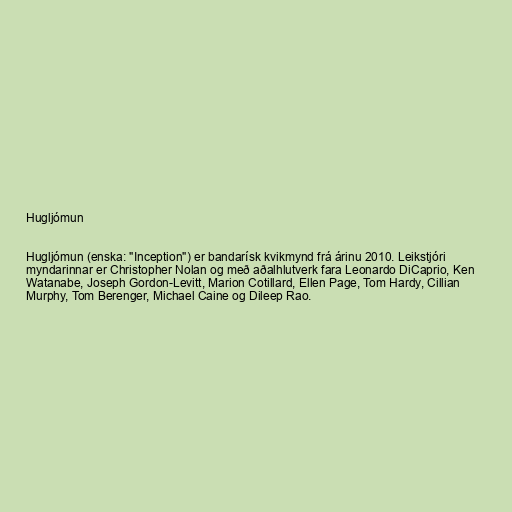
Hugljómun

Hugljómun (enska: "Inception") er bandarísk kvikmynd frá árinu 2010. Leikstjóri
myndarinnar er Christopher Nolan og með aðalhlutverk fara Leonardo DiCaprio, Ken
Watanabe, Joseph Gordon-Levitt, Marion Cotillard, Ellen Page, Tom Hardy, Cillian
Murphy, Tom Berenger, Michael Caine og Dileep Rao.